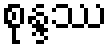
စုန္ဒဿ